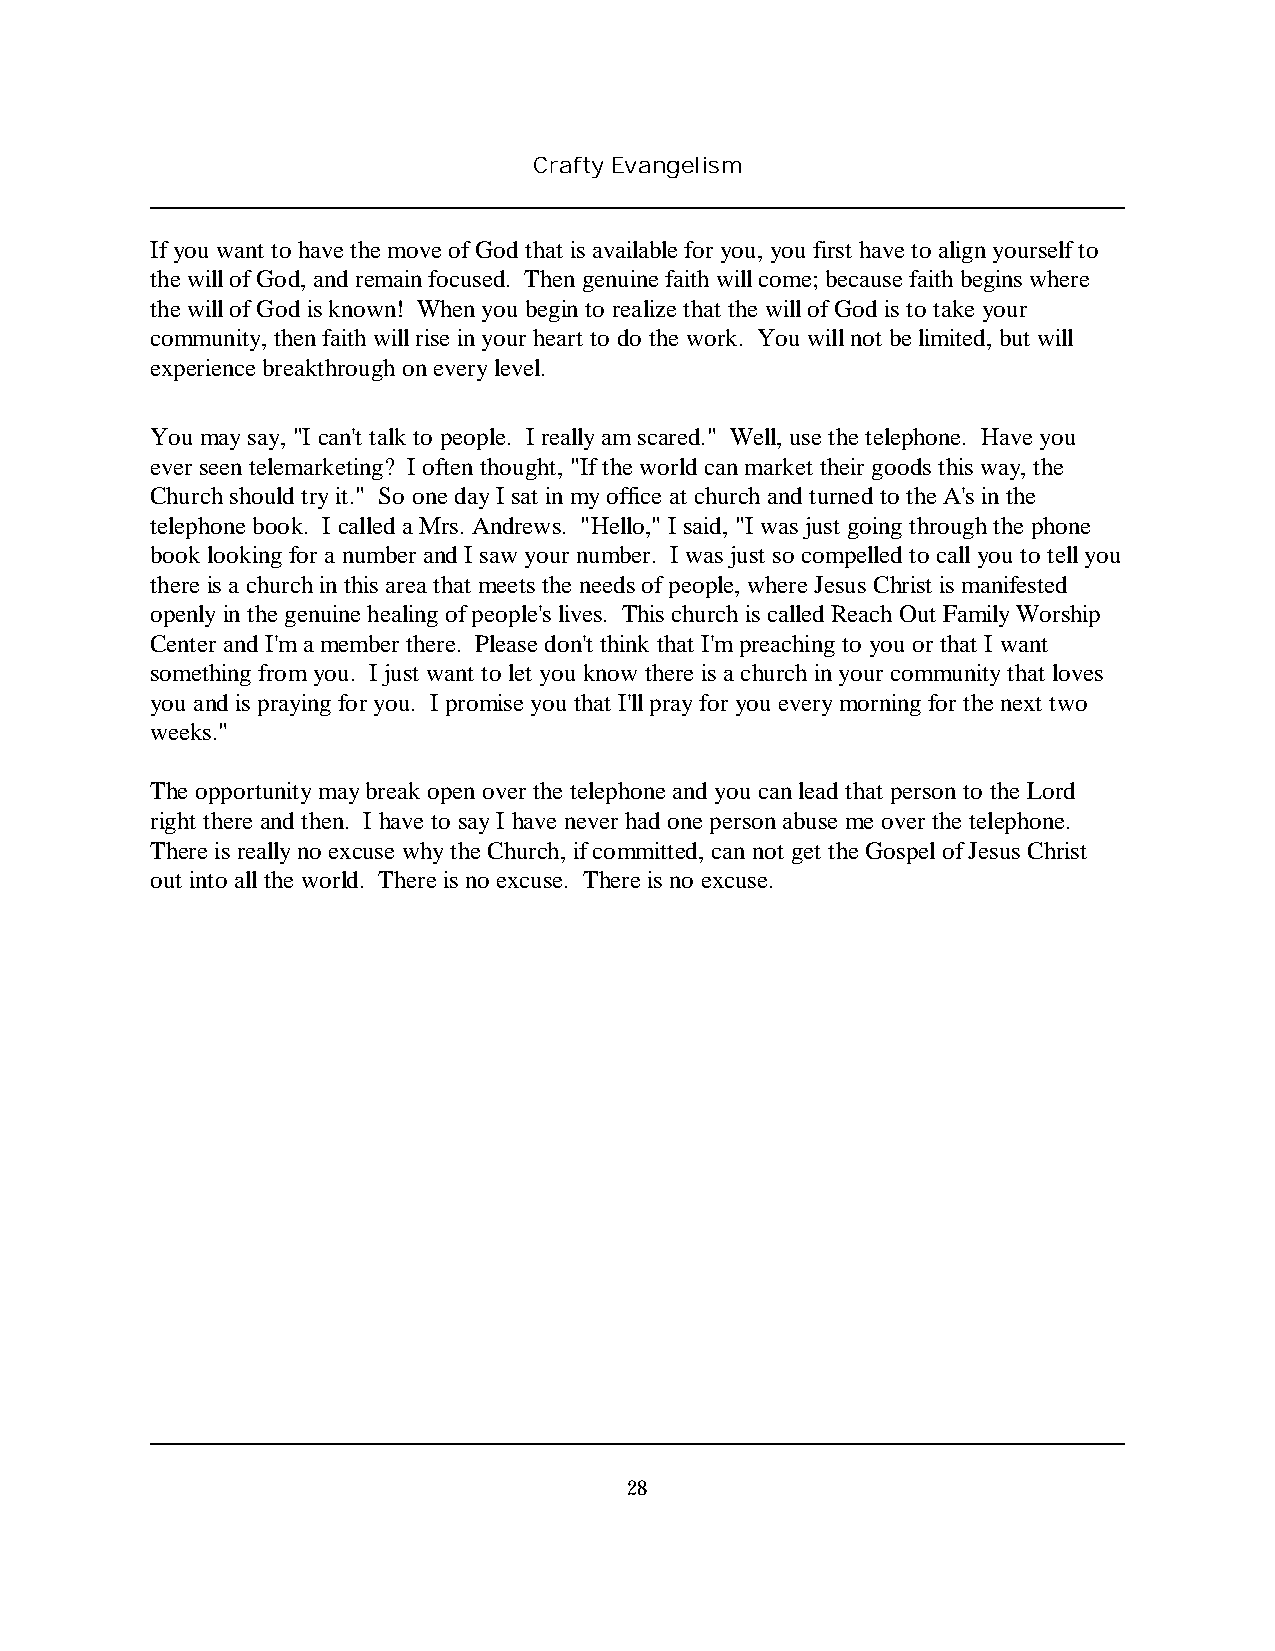
Crafty Evangelism
 If you want to have the move of God that is available for you, you first have to align yourself to
 the will of God, and remain focused. Then genuine faith will come; because faith begins where
 the will of God is known! When you begin to realize that the will of God is to take your
 community, then faith will rise in your heart to do the work. You will not be limited, but will
 experience breakthrough on every level.
 You may say, "I can't talk to people. I really am scared." Well, use the telephone. Have you
 ever seen telemarketing? I often thought, "If the world can market their goods this way, the
 Church should try it." So one day I sat in my office at church and turned to the A's in the
 telephone book. I called a Mrs. Andrews. "Hello," I said, "I was just going through the phone
 book looking for a number and I saw your number. I was just so compelled to call you to tell you
 there is a church in this area that meets the needs of people, where Jesus Christ is manifested
 openly in the genuine healing of people's lives. This church is called Reach Out Family Worship
 Center and I'm a member there. Please don't think that I'm preaching to you or that I want
 something from you. I just want to let you know there is a church in your community that loves
 you and is praying for you. I promise you that I'll pray for you every morning for the next two
 weeks."
 The opportunity may break open over the telephone and you can lead that person to the Lord
 right there and then. I have to say I have never had one person abuse me over the telephone.
 There is really no excuse why the Church, if committed, can not get the Gospel of Jesus Christ
 out into all the world. There is no excuse. There is no excuse.
 28